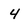
Character: 4